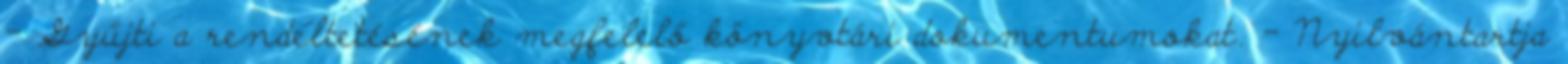
- Gyűjti a rendeltetésének megfelelő könyvtári dokumentumokat. - Nyilvántartja